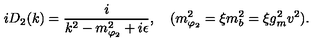
i D _ { 2 } ( k ) = { \frac { i } { k ^ { 2 } - m _ { \varphi _ { 2 } } ^ { 2 } + i \epsilon } } , \quad ( m _ { \varphi _ { 2 } } ^ { 2 } = \xi m _ { b } ^ { 2 } = \xi g _ { m } ^ { 2 } v ^ { 2 } ) .